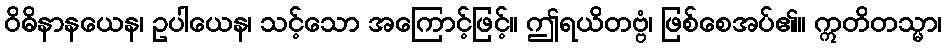
ဝိဓိနာနယေန၊ ဥပါယေန၊ သင့်သော အကြောင့်ဖြင့်။ ဤရယိတဗ္ဗံ၊ ဖြစ်စေအပ်၏။ ဣတိတသ္မာ၊